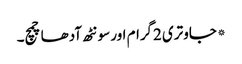
*جاوتری 2گرام اور سونٹھ آدھا چمچ۔